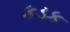
કડક